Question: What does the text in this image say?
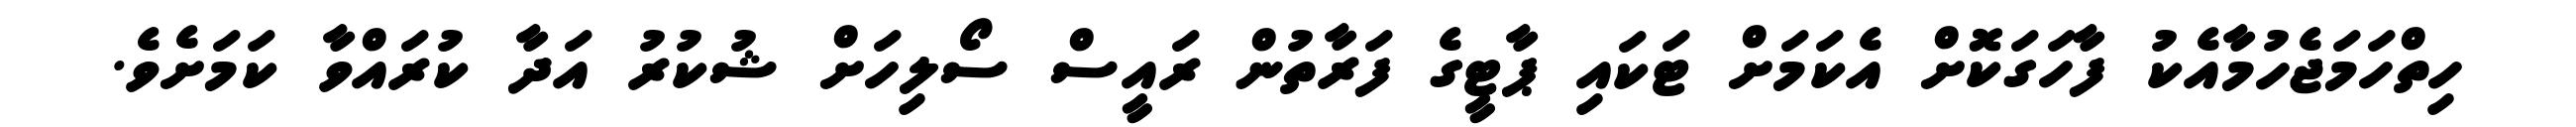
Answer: ހިތްހަމަޖެހުމާއެކު ފާހަގަކޮށް އެކަމަށް ޓަކައި ޕާޓީގެ ފަރާތުން ރައީސް ސޯލިހަށް ޝުކުރު އަދާ ކުރައްވާ ކަމަށެވެ.